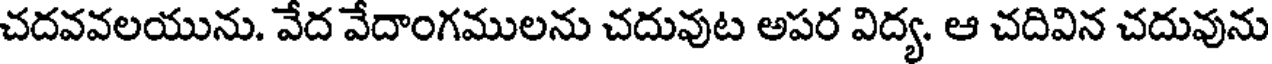
చదవవలయును. వేద వేదాంగములను చదువుట అపర విద్య. ఆ చదివిన చదువును